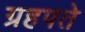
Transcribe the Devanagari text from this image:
ग्रहपते